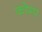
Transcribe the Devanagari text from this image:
कोम्प